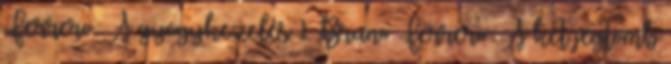
Ferrero: A gyógykezelés 1 Bruno Ferrero: A két jégtömb